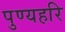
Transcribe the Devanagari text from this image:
पुण्यहरि